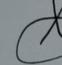
Signature authenticity: genuine